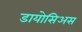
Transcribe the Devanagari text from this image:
डायोसिअस